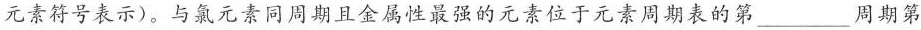
元素符号表示)。与氯元素同周期且金属性最强的元素位于元素周期表的第___周期第